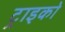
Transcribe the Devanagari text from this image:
ट्राइको